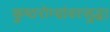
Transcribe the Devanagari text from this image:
कुष्ठरोग्यांवरसुद्धा